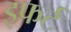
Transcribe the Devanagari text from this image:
इफर्ट